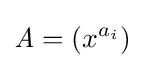
{\mathit {A}}=(x^{a_{i}})